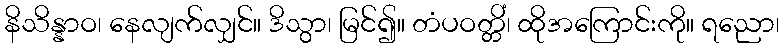
နိသိန္နာဝ၊ နေလျက်လျှင်။ ဒိသွာ၊ မြင်၍။ တံပဝတ္တိံ၊ ထိုအကြောင်းကို။ ရညော၊